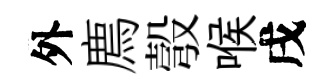
外廌彀喉戌